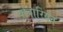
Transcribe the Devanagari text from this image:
बोवारियन